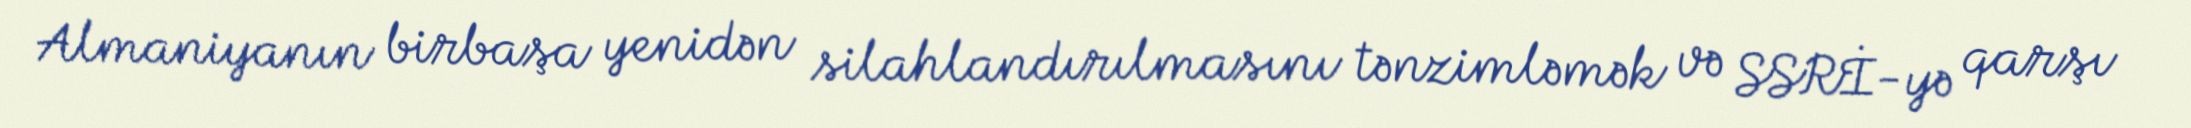
Almaniyanın birbaşa yenidən silahlandırılmasını tənzimləmək və SSRİ-yə qarşı